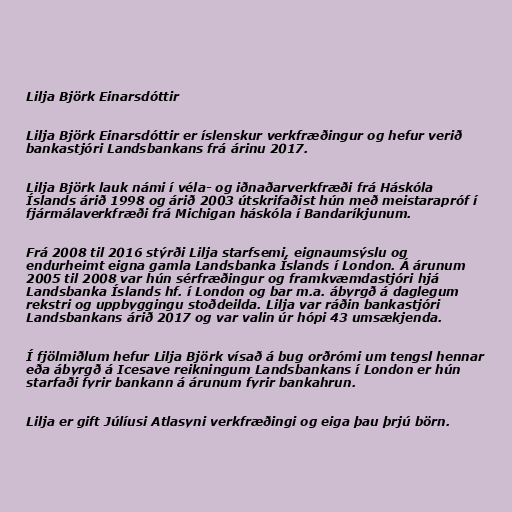
Lilja Björk Einarsdóttir

Lilja Björk Einarsdóttir er íslenskur verkfræðingur og hefur verið
bankastjóri Landsbankans frá árinu 2017.

Lilja Björk lauk námi í véla- og iðnaðar­verk­fræði frá Há­skóla
Íslands árið 1998 og árið 2003 útskrifaðist hún með meist­ara­próf í
fjár­mála­verk­fræði frá Michigan há­skóla í Bandaríkjunum.

Frá 2008 til 2016 stýrði Lilja starf­semi, eignaum­sýslu og
end­ur­heimt eigna gamla Lands­banka Íslands í London. Á ár­un­um
2005 til 2008 var hún sér­fræðing­ur og framkvæmda­stjóri hjá
Lands­banka Íslands hf. í London og bar m.a. ábyrgð á dag­leg­um
rekstri og upp­bygg­ingu stoðdeilda. Lilja var ráðin bankastjóri
Landsbankans árið 2017 og var valin úr hópi 43 umsækjenda.

Í fjölmiðlum hefur Lilja Björk vísað á bug orðrómi um tengsl hennar
eða ábyrgð á Icesave reikningum Landsbankans í London er hún
starfaði fyrir bankann á árunum fyrir bankahrun.

Lilja er gift Júlí­usi Atla­syni verk­fræðingi og eiga þau þrjú börn.